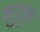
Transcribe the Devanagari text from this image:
क्षुदृक